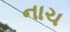
નાચ